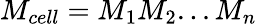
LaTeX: M_{cell}=M_{1}M_{2}...M_{n}